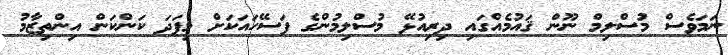
ނަމަވެސް މުސްލިމް ނޫން ޤައުމެއްގައި ދިރިއުޅޭ މުސްލިމުންގެ ފަސޭހައަކަށް މިފަދަ ކަންކަން އިންތިޒާމު